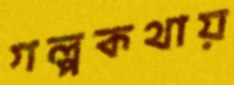
গল্পকথায়